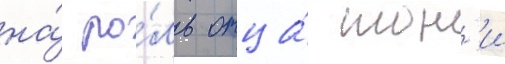
на́ ро́ль отца́ тон'и